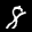
Label: 8